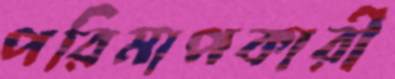
পরিমাপকারী